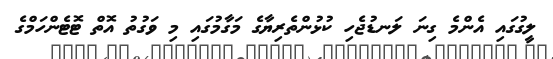
ލީގުގައި އެންމެ ގިނަ ލަނޑުޖެހި ކުޅުންތެރިޔާގެ މަގާމުގައި މި ވަގުތު އޮތް ޓޮޓެންހަމްގެ